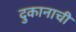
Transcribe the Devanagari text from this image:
दुकानाची